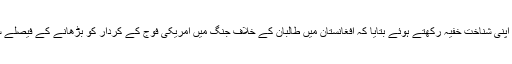
برطانوی خبر رساں ادارے کے مطابق وزارت دفاع کے سینئر افسر نے اپنی شناخت خفیہ رکھتے ہوئے بتایا کہ افغانستان میں طالبان کے خلاف جنگ میں امریکی فوج کے کردار کو بڑھانے کے فیصلے سے دہشت گردوں کے خلاف جنگی طیاروں کا استعمال کیا جا سکتا ہے۔